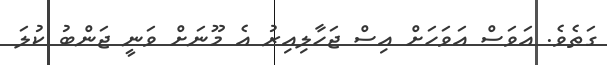
ގަތެވެ. އަވަސް އަވަހަށް އިސް ޖަހާލިއިރު އެ މޫނަށް ވަނީ ޖަންބު ކުލަ